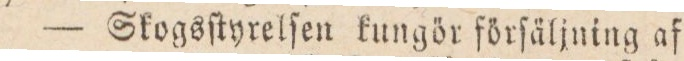
Skogsſtyrelſen kungör forſäljning af